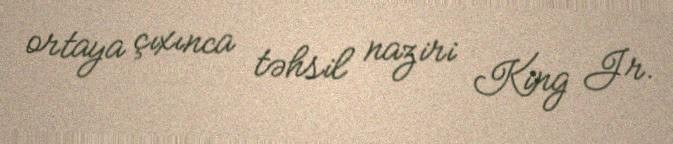
ortaya çıxınca təhsil naziri King Jr.